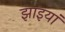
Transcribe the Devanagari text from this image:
झांइयां